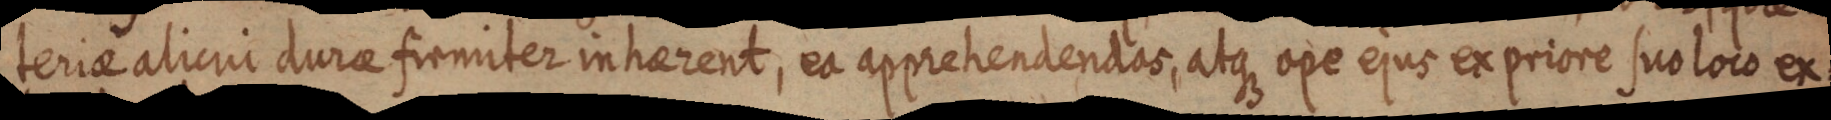
teriae alicui durae firmiter inherent, et apprehendendas, atque ope ejus ex priore sus loco ex